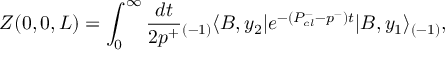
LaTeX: Z ( 0 , 0 , L ) = \int _ { 0 } ^ { \infty } { \frac { d t } { 2 p ^ { + } } } { _ { ( - 1 ) } \langle } B , y _ { 2 } | e ^ { - ( P _ { c l } ^ { - } - p ^ { - } ) t } | B , y _ { 1 } \rangle _ { ( - 1 ) } ,